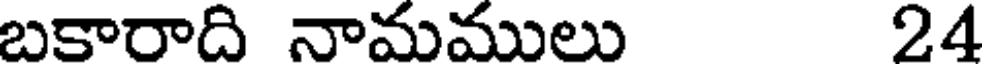
బకారాది నామములు 24